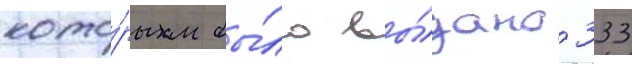
кото́рым бы́ло вы́дано 333